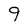
Character: 9